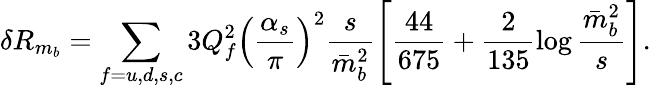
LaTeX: \delta R_{m_{b}}=\sum_{f=u,d,s,c}3Q_{f}^{2}\left(\frac{\alpha_{s}}{\pi}\right)^{2}\frac{s}{\bar{m}_{b}^{2}}\left[\frac{44}{675}+\frac{2}{135}\log\frac{\bar{m}_{b}^{2}}{s}\right].